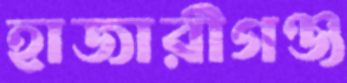
হাজারীগঞ্জ